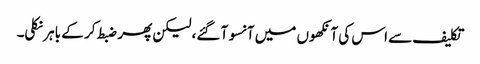
تکلیف سے اس کی آنکھوں میں آنسو آ گئے، لیکن پھر ضبط کر کے باہر نکلی۔